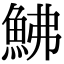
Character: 鮄